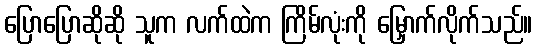
ပြောပြောဆိုဆို သူက လက်ထဲက ကြိမ်လုံးကို မြှောက်လိုက်သည်။